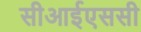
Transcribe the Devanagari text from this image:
सीआईएससी